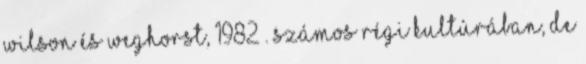
Wilson és Weghorst, 1982 . Számos régi kultúrában, de